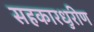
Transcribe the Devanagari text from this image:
सहकारधुरीण